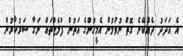
އެ އަދަދު ދެއްކޭނެ ގޮތް ނުވުމުން އެމީހުންގެ އަތުން ފްލެޓްތައް ނަގާ ސަރުކާރުން